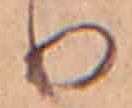
り